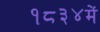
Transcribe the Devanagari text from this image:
१८३४में